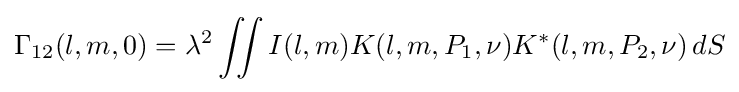
\Gamma _{12}(l,m,0)=\lambda ^{2}\iint I(l,m)K(l,m,P_{1},\nu )K^{*}(l,m,P_{2},\nu )\,dS